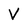
Character: V